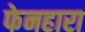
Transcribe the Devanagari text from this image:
फेनहारा